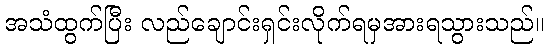
အသံထွက်ပြီး လည်ချောင်းရှင်းလိုက်ရမှအားရသွားသည်။